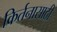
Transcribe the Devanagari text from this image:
किर्तनासाठी